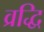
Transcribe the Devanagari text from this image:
व्रद्धि